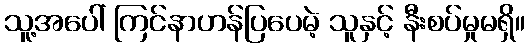
သူ့အပေါ် ကြင်နာဟန်ပြပေမဲ့ သူနှင့် နီးစပ်မှုမရှိ။